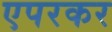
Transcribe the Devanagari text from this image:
एपरकर